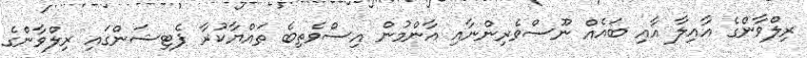
ރިލްވާންގެ އާއިލާ އާއި ބައެއް ނޫސްވެރިންނާއި އާންމުން އިސްވެތިބެ ތައްޔާކުރާ ޕެޓިޝަންގައި ރިލްވާންގެ